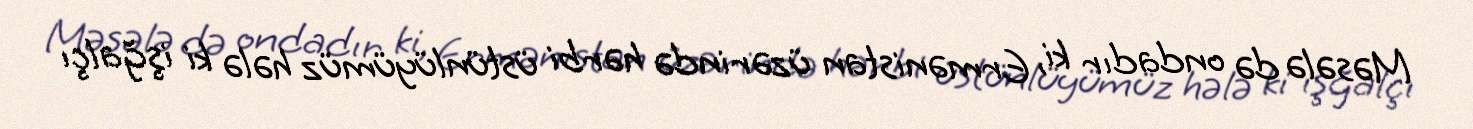
Məsələ də ondadır ki, Ermənistan üzərində hərbi üstünlüyümüz hələ ki işğalçı